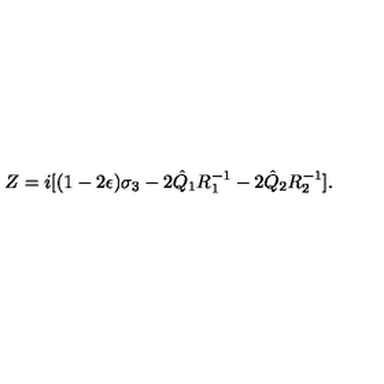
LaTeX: Z = i [ ( 1 - 2 \epsilon ) \sigma _ { 3 } - 2 \hat { Q } _ { 1 } R _ { 1 } ^ { - 1 } - 2 \hat { Q } _ { 2 } R _ { 2 } ^ { - 1 } ] .